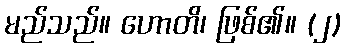
မည်သည်။ ဟောတိ၊ ဖြစ်၏။ (၂)